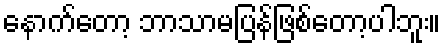
နောက်တော့ ဘာသာမပြန်ဖြစ်တော့ပါဘူး။